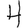
Digit: 4